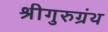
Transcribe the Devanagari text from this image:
श्रीगुरुग्रंथ